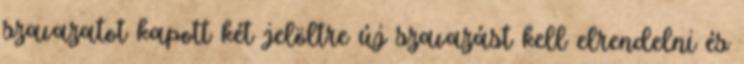
szavazatot kapott két jelöltre új szavazást kell elrendelni és